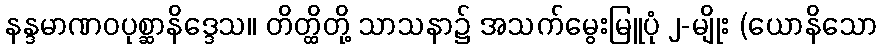
နန္ဒမာဏဝပုစ္ဆာနိဒ္ဒေသ။ တိတ္ထိတို့ သာသနာ၌ အသက်မွေးမြူပုံ ၂-မျိုး (ယောနိသော